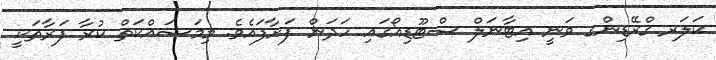
ކަލަރ ގްރޭޑިންގ ވަނީ އިޓާނަލް ސްޓޫޑިއޯގައި ހަދަން ފަށާފައެވެ. މިމަސައްކަތް ކުރާ ފަރާތަކީ